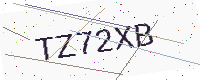
Text: TZ72XB